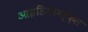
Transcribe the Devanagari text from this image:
आइडियावर्क्स